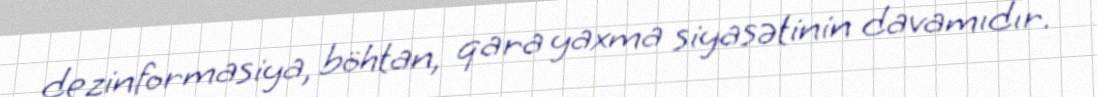
dezinformasiya, böhtan, qara yaxma siyasətinin davamıdır.